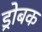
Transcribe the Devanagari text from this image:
ड्रोबक